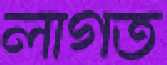
লাগত